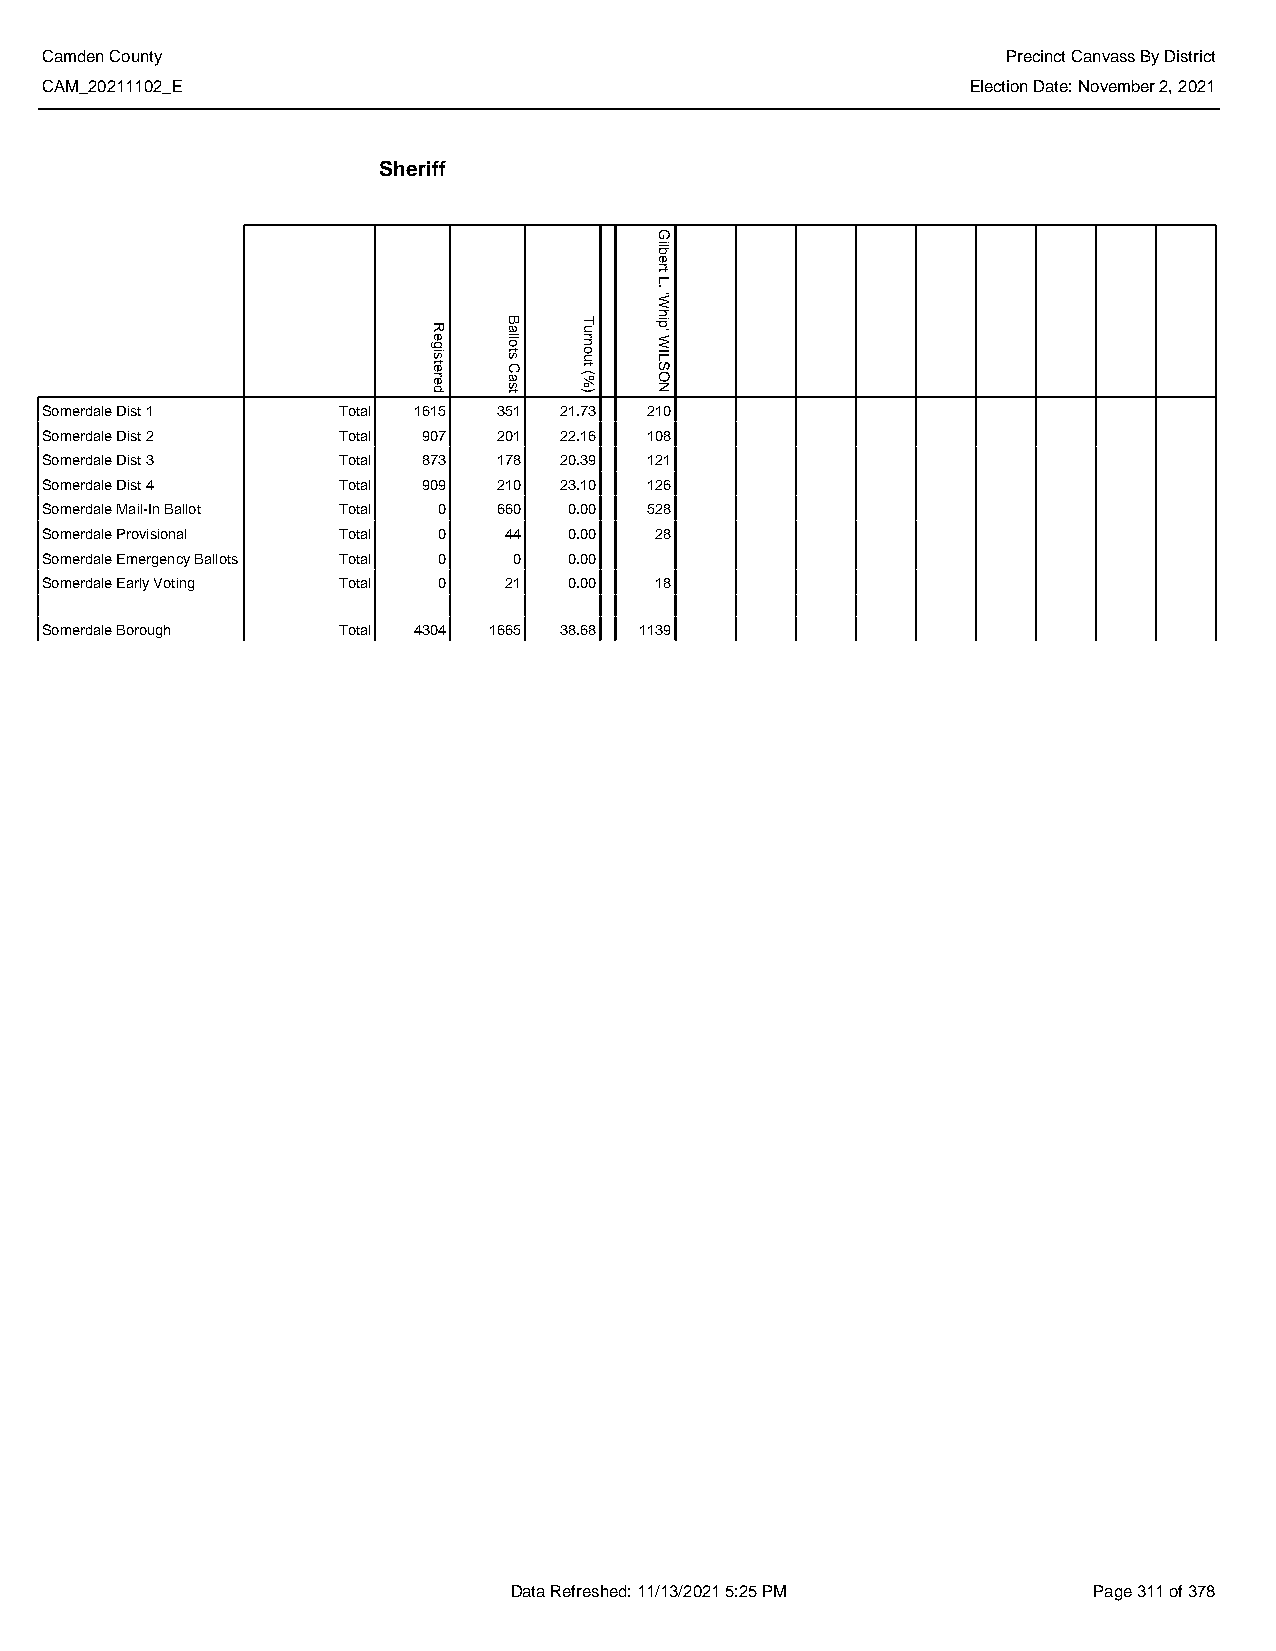
Camden County                                                   Precinct Canvass By District
 CAM_20211102_E                                               Election Date: November 2, 2021
 Sheriff
 Somerdale Dist 1   Total 1615 351 21.73 210
 Somerdale Dist 2   Total 907  201 22.16 108
 Somerdale Dist 3   Total 873  178 20.39 121
 Somerdale Dist 4   Total 909  210 23.10 126
 Somerdale Mail-In Ballot Total 0 660 0.00 528
 Somerdale Provisional Total 0 44   0.00 28
 Somerdale Emergency Ballots Total 0 0 0.00
 Somerdale Early Voting Total 0 21  0.00 18
 Somerdale Borough  Total 4304 1665 38.68 1139
 Data Refreshed: 11/13/2021 5:25 PM    Page 311 of 378
 Registered
 Ballots
 Cast
 Turnout
 (%)
 Gilbert
 L.
 'Whip'
 WILSON